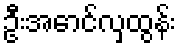
ဦးအောင်လှထွန်း